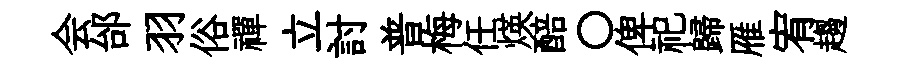
会邰羽俗禪立討普梅任煐醅〇俾祀歸雁宥趨